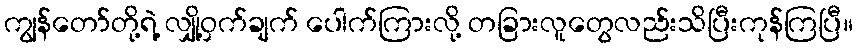
ကျွန်တော်တို့ရဲ့ လျှို့ဝှက်ချက် ပေါက်ကြားလို့ တခြားလူတွေလည်းသိပြီးကုန်ကြပြီ။